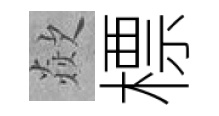
歘標